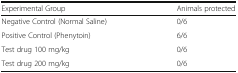
| Experimental Group | Animals protected |
 | --- | --- |
 | Negative Control (Normal Saline) | 0/6 |
 | Positive Control (Phenytoin) | 6/6 |
 | Test drug 100 mg/kg | 0/6 |
 | Test drug 200 mg/kg | 0/6 |